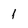
Character: 1